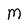
Character: M